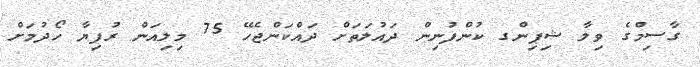
ގާސިމްގެ ވިލާ ޝިޕިންގ ކުންފުނިން ދައުލަތަށް ދައްކަންޖެހޭ 75 މިލިއަން ރުފިޔާ ހޯދުމަށް